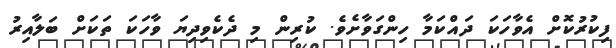
ފިކުރުކޮށް އެވާހަކަ ދައްކަމާ ހިންގަވާށެވެ. ކުރިން މި ދެކެވިދިޔަ ވާހަކަ ތަކަށް ބަލާއިރު